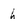
Character: h